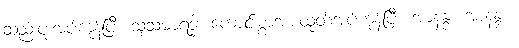
ဆည်းပူးအပ်ကုန်ပြီ။ သုသမာရဒ္ဓါ၊ ကောင်းစွာအားထုတ်အပ်ကုန်ပြီ။ အာနန္ဒ၊ အာနန္ဒာ။